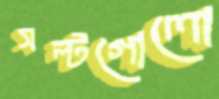
সল্টগোলো